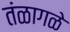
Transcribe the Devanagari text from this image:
तंळागळे